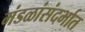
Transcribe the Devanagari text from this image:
मंडळांसंदर्भात